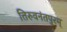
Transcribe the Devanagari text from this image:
तिरुवनंतपुरम्‌